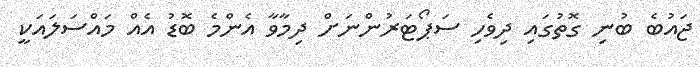
ޖައުބެ ބުނި ގޮތުގައި ދިވެހި ސަޕޯޓަރުންނަށް ދިމާވާ އެންމެ ބޮޑު އެއް މައްސަލައަކީ